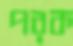
পরক